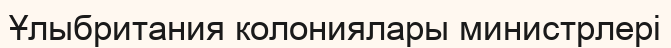
Ұлыбритания колониялары министрлері